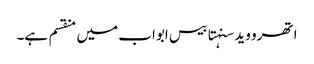
اتھرو وید سنہتا بیس ابواب میں منقسم ہے۔